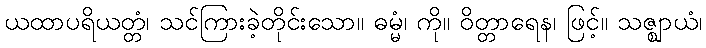
ယထာပရိယတ္တံ၊ သင်ကြားခဲ့တိုင်းသော။ ဓမ္မံ၊ ကို။ ဝိတ္တာရေန၊ ဖြင့်။ သဇ္ဈာယံ၊